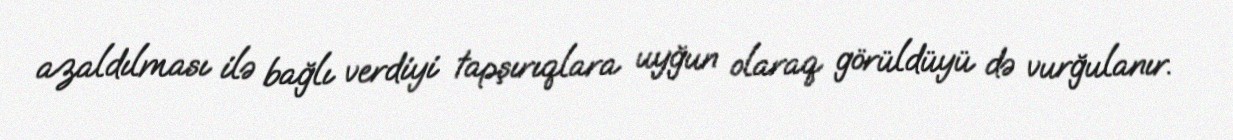
azaldılması ilə bağlı verdiyi tapşırıqlara uyğun olaraq görüldüyü də vurğulanır.